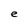
Character: e